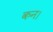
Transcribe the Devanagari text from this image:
कन।